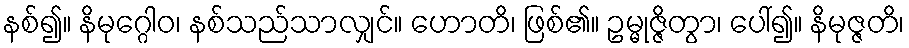
နစ်၍။ နိမုဂ္ဂေါဝ၊ နစ်သည်သာလျှင်။ ဟောတိ၊ ဖြစ်၏။ ဥမ္မုဇ္ဇိတွာ၊ ပေါ်၍။ နိမုဇ္ဇတိ၊